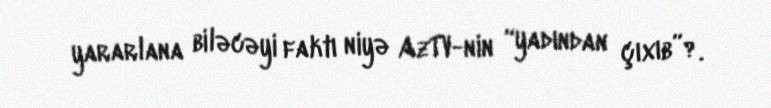
yararlana biləcəyi faktı niyə AzTV-nin “yadından çıxıb”?.